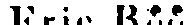
Eric Röö